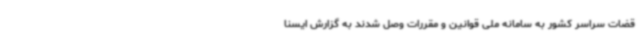
قضات سراسر کشور به سامانه ملی قوانین و مقررات وصل شدند به گزارش ایسنا